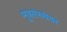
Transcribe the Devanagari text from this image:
मूत्रसंस्थेवर